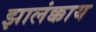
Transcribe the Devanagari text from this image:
झालंक्काय